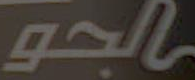
الجو